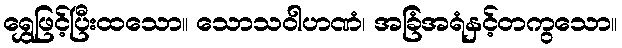
ရွှေဖြင့်ပြီးထသော။ သောသဝါဟဏံ၊ အခြံအရံနှင့်တကွသော။